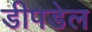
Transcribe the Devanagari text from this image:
डीपडेल